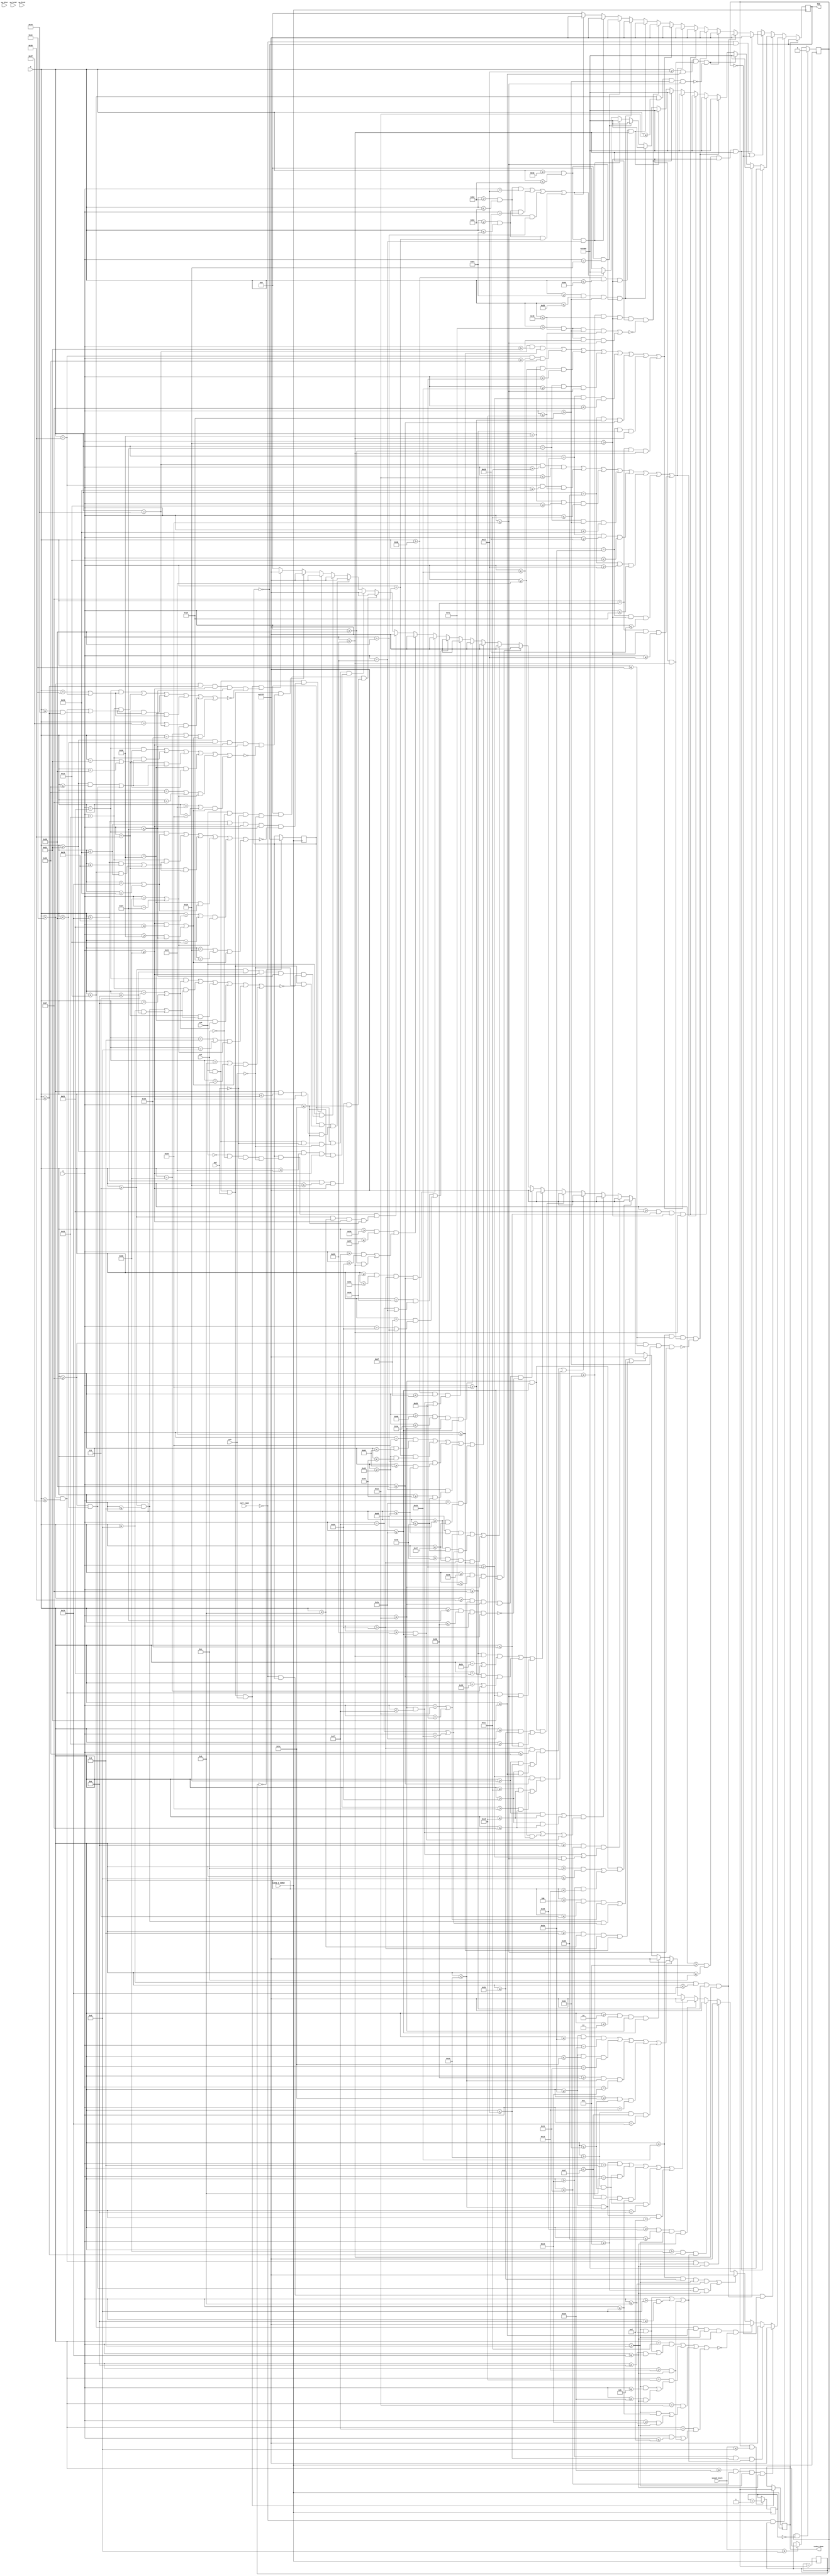
`timescale 1ns / 1ps
//////////////////////////////////////////////////////////////////////////////////
// Company: 
// Engineer: 
// 
// Design Name: 
// Module Name: draw_lock_screen
// Project Name: 
// Target Devices: 
// Tool Versions: 
// Description: 
// 
// Dependencies: 
// 
// Revision:
// Revision 0.01 - File Created
// Additional Comments:
// 
//////////////////////////////////////////////////////////////////////////////////


module draw_lock_screen(
    input CLOCK_6_25MHZ,
    input [3:0]curr_task,
    input sp_btnL,
    input sp_btnR,
    input sp_btnC,
    input sw0,
    input sw1,
    input sw2,
    input sw3, 
    input [12:0]x,
    input [12:0]y,
    output reg [15:0]RGB,
    output reg task0_done = 0,
    input [3:0]sound_level
    );
    
    reg flag = 0;
    reg flip = 0;
    reg [21:0]count = 22'd1;
    reg [25:0]count2 = 26'd1;
    always @(posedge CLOCK_6_25MHZ) begin
       count <= count + 1;
       flip <= (count == 0) ? ~flip : flip; 
       
      if (sw0 == 1 && sw1 == 1 && sw2 == 1 && sw3 == 1)
        task0_done <= 1;
      
      
       if (sound_level >= 13)
        flag <= 1;
       
       if (flag == 1 && sound_level <= 13)
        count2 <= count2 + 1;
       if (flag == 1 && count2 == 0)
        flag <= 0;
      if (task0_done == 0) begin
        if (curr_task == 0 && flip == 0 && flag == 0) begin
            if (x >= 10 && x <= 12 && y >= 22 && y <= 41)
                RGB <= 16'b11111_111111_11111; //white L vertical
            else if (x >= 13 && x <= 20 && y >= 39 && y <= 41)
                RGB <= 16'b11111_111111_11111; // white L horizontal
            else if ((x >= 23 && x <= 33 && y >= 22 & y <= 41) && !(x >= 26 && x <= 30 && y >= 25 && y <= 38))
                RGB <= 16'b11111_111111_11111; // white O
            else if ((x >= 36 && x <= 46 && y >= 22 & y <= 41) && !(x >= 39 && x <= 46 && y >= 25 && y <= 38))
                RGB <= 16'b11111_111111_11111; // white C
            else if (x >= 49 && x <= 51 && y >= 22 && y <= 41)
                RGB <= 16'b11111_111111_11111; //white K vertical
            else if ((x == 52 && y >= 28 && y <= 30) || (x == 53 && y >= 27 && y <= 29) || (x == 54 && y >= 26 && y <= 28) || (x == 55 && y >= 25 && y <= 27) || (x == 56 && y >= 24 && y <= 26) || (x == 57 && y >= 23 && y <= 25) || (x == 58 && y >= 22 && y <= 24) || (x == 59 && y >= 22 && y <= 23))
                RGB <= 16'b11111_111111_11111; // white K diagonal 2
            else if ((x == 52 && y >= 33 && y <= 35) || (x == 53 && y >= 34 && y <= 36) || (x == 54 && y >= 35 && y <= 37) || (x == 55 && y >= 36 && y <= 38) || (x == 56 && y >= 37 && y <= 39) || (x == 57 && y >= 38 && y <= 40) || (x == 58 && y >= 39 && y <= 41) || (x == 59 && y >= 40 && y <= 41))
                RGB <= 16'b11111_111111_11111; // white K diagonal 4
            else if ((x >= 62 && x <= 72 && y >= 22 && y <= 41) && !((x >= 65 && x <= 72 && y >= 25 && y <= 29) || (x >= 65 && x <= 72 && y >= 33 && y <= 38)))
                RGB <= 16'b11111_111111_11111; // white E
            else if (x >= 75 && x <= 77 && y >= 22 && y <= 41)
                RGB <= 16'b11111_111111_11111; // white D long vertical
            else if (x >= 84 && x <= 85 && y >= 25 && y <= 38)
                RGB <= 16'b11111_111111_11111; // white D short vertical
            else if (x >= 78 && x <= 82 && y == 22)
                RGB <= 16'b11111_111111_11111; //white D horizontal top
            else if (x >= 78 && x <= 82 && y == 41)
                RGB <= 16'b11111_111111_11111; //white D horizontal bottom
            else if ((x >= 82 && x <= 83 && y == 23) || (x >= 83 && x <= 84 && y == 24) || (x >= 82 && x <= 83 && y == 40) || (x >= 83 && x <= 84 && y == 39))
                RGB <= 16'b11111_111111_11111; // white D diagonals
            else
                RGB <= 16'b00000_000000_00000; // black
        end
        
        if (curr_task == 0 && flip == 1 && flag == 0) begin
            if (x >= 10 && x <= 12 && y >= 22 && y <= 41)
                RGB <= 16'b11111_000000_00000; //red L vertical
            else if (x >= 13 && x <= 20 && y >= 39 && y <= 41)
                RGB <= 16'b11111_000000_00000; // red L horizontal
            else if ((x >= 23 && x <= 33 && y >= 22 & y <= 41) && !(x >= 26 && x <= 30 && y >= 25 && y <= 38))
                RGB <= 16'b11111_000000_00000; // red O
            else if ((x >= 36 && x <= 46 && y >= 22 & y <= 41) && !(x >= 39 && x <= 46 && y >= 25 && y <= 38))
                RGB <= 16'b11111_000000_00000; // red C
            else if (x >= 49 && x <= 51 && y >= 22 && y <= 41)
                RGB <= 16'b11111_000000_00000; //red K vertical
            else if ((x == 52 && y >= 28 && y <= 30) || (x == 53 && y >= 27 && y <= 29) || (x == 54 && y >= 26 && y <= 28) || (x == 55 && y >= 25 && y <= 27) || (x == 56 && y >= 24 && y <= 26) || (x == 57 && y >= 23 && y <= 25) || (x == 58 && y >= 22 && y <= 24) || (x == 59 && y >= 22 && y <= 23))
                RGB <= 16'b11111_000000_00000; // red K diagonal 2
            else if ((x == 52 && y >= 33 && y <= 35) || (x == 53 && y >= 34 && y <= 36) || (x == 54 && y >= 35 && y <= 37) || (x == 55 && y >= 36 && y <= 38) || (x == 56 && y >= 37 && y <= 39) || (x == 57 && y >= 38 && y <= 40) || (x == 58 && y >= 39 && y <= 41) || (x == 59 && y >= 40 && y <= 41))
                RGB <= 16'b11111_000000_00000; // red K diagonal 4
            else if ((x >= 62 && x <= 72 && y >= 22 && y <= 41) && !((x >= 65 && x <= 72 && y >= 25 && y <= 29) || (x >= 65 && x <= 72 && y >= 33 && y <= 38)))
                RGB <= 16'b11111_000000_00000; // red E
            else if (x >= 75 && x <= 77 && y >= 22 && y <= 41)
                RGB <= 16'b11111_000000_00000; // red D long vertical
            else if (x >= 84 && x <= 85 && y >= 25 && y <= 38)
                RGB <= 16'b11111_000000_00000; // red D short vertical
            else if (x >= 78 && x <= 82 && y == 22)
                RGB <= 16'b11111_000000_00000; //red D horizontal top
            else if (x >= 78 && x <= 82 && y == 41)
                RGB <= 16'b11111_000000_00000; //red D horizontal bottom
            else if ((x >= 82 && x <= 83 && y == 23) || (x >= 83 && x <= 84 && y == 24) || (x >= 82 && x <= 83 && y == 40) || (x >= 83 && x <= 84 && y == 39))
                RGB <= 16'b11111_000000_00000; // red D diagonals
            else
                RGB <= 16'b00000_000000_00000; // black
                end
        
        if (curr_task == 0 && flag == 1) begin
            //ENTER
            if (x >= 16 && x <= 17 && y >= 8 && y <= 20)
                RGB <= 16'b11111_111111_11111; // white E vertical
            else if ((x >= 18 && x <= 23) && ((y >= 8 && y <= 9) || (y >= 13 && y <= 14) || (y >= 19 && y <= 20)))
                RGB <= 16'b11111_111111_11111; // white E horizontals
            else if ((x >= 26 && x <= 33 && y >= 8 && y <= 20) && !((x == 28 && ((y >= 8 && y <= 9) || (y >= 14 && y <= 20))) || (x == 29 && ((y >= 8 && y <= 11) || (y >= 16 && y <= 20))) || (x == 30 && ((y >= 8 && y <= 13) || (y >= 18 && y <= 20))) || (x == 31 && ((y >= 8 && y <= 15) || (y >= 19 && y <= 20)))))
                RGB <= 16'b11111_111111_11111; //white N
            else if ((x >= 36 && x <= 43 && y >= 8 && y <= 9) || (x >= 39 && x <= 40 && y >= 10 && y <= 20))
                RGB <= 16'b11111_111111_11111; //white T
            else if (x >= 46 && x <= 47 && y >= 8 && y <= 20)
                RGB <= 16'b11111_111111_11111; // white E verticals
            else if ((x >= 48 && x <= 53) && ((y >= 8 && y <= 9) || (y >= 13 && y <= 14) || (y >= 19 && y <= 20)))
                RGB <= 16'b11111_111111_11111; // white E horizontals
            else if (x >= 56 && x <= 57 && y >= 8 && y <= 20)
                RGB <= 16'b11111_111111_11111; // white R vertical
            else if ((x >= 58 && x <= 61 && y == 8) || (x >= 61 && x <= 62 && y == 9) || (x >= 62 && x <= 63 && y >= 10 && y <= 13) || (x >= 61 && x <= 62 && y == 14) || (x >= 58 && x <= 61 && y == 15))
                RGB <= 16'b11111_111111_11111; // white R semicircle
            else if ((x >= 58 && x <= 58 && y == 16) || (x >= 58 && x <= 60 && y == 17) || (x >= 59 && x <= 61 && y == 18) || (x >= 60 && x <= 62 && y == 19) || (x >= 61 && x <= 63 && y == 20))
                RGB <= 16'b11111_111111_11111; // white R diagonal
                
            //PASSWORD:  
            else if (x >= 2 && x <= 3 && y >= 30 && y <= 42) 
                RGB <= 16'b11111_111111_11111; // white P vertical
            else if ((x >= 4 && x <= 7 && ((y == 30) || (y == 37))) || (x >= 7 && x <= 8 && ((y == 31) || (y == 36))) || (x >= 8 && x <= 9 && y >= 32 && y <= 35))
                RGB <= 16'b11111_111111_11111; // white P semicircle
            else if ((y >= 30 && y <= 42) && ((x >= 12 && x <= 13) || (x >= 18 && x <= 19)))
                RGB <= 16'b11111_111111_11111; // white A verticals
            else if ((x >= 14 && x <= 17) && ((y >= 30 && y <= 31) || (y >= 37 && y <= 38)))
                RGB <= 16'b11111_111111_11111; // white A horizontals
            else if (((x >= 22 && x <= 29) || (x >= 32 && x <= 39)) && ((y >= 30 && y <= 31) || (y >= 35 && y <= 36) || (y >= 41 && y <= 42)))
                RGB <= 16'b11111_111111_11111; // both white S horizontals
            else if (((y >= 32 && y <= 34) && ((x >= 22 && x <= 23) || (x >= 32 && x <= 33))) || ((y >= 37 && y <= 40) && ((x >= 28 && x <= 29) || (x >= 38 && x <= 39))))
                RGB <= 16'b11111_111111_11111; // both white S verticals
            else if ((y >= 30 && y <= 42) && ((x >= 42 && x <= 43) || (x >= 50 && x <= 51)))
                RGB <= 16'b11111_111111_11111; // white W verticals
            else if (((y >= 39 && y <= 41) && ((x == 44) || (x == 49))) || ((y >= 38 && y <= 40) && ((x == 45) || (x == 48))) || (x >= 46 && x <= 47 && y >= 37 && y <= 38))
                RGB <= 16'b11111_111111_11111; // white W arrow
            else if ((x >= 53 && x <= 61 && y >= 30 && y <= 42) && !(x >= 55 && x <= 59 && y >= 32 && y <= 40))
                RGB <= 16'b11111_111111_11111; // white O
            else if (x >= 64 && x <= 65 && y >= 30 && y <= 42)
                RGB <= 16'b11111_111111_11111; // white R vertical
            else if (((x >= 66 && x <= 69) && ((y == 30) || (y == 37))) || ((x >= 69 && x <= 70) && ((y == 31) || (y == 36))) || (x >= 70 && x <= 71 && y >= 32 && y <= 35))
                RGB <= 16'b11111_111111_11111; // white R semicircle
            else if (((y == 38) && (x >= 66 && x <= 67)) || ((y == 39) && (x >= 66 && x <= 68)) || ((y == 40) && (x >= 67 && x <= 69)) || ((y == 41) && (x >= 68 && x <= 70)) || ((y == 42) && (x >= 69 && x <= 71)))
                RGB <= 16'b11111_111111_11111; // white R diagonal
            else if (x >= 73 && x <= 74 && y >= 30 && y <= 42)
                RGB <= 16'b11111_111111_11111; // white D first vertical
            else if ((x >= 75 && x <= 79) && ((y >= 30 && y <= 31) || (y >= 41 && y <= 42)))
                RGB <= 16'b11111_111111_11111; // white D horizontals
            else if ((x == 80 && (y == 31 || y == 41)) || (x == 79 && (y == 32 || y == 40)))
                RGB <= 16'b11111_111111_11111; // white D diagonals 
            else if (x >= 80 && x <= 81 && y >= 32 && y <= 40)
                RGB <= 16'b11111_111111_11111; // white D second vertical
            else if ((x >= 86 && x <= 87) && ((y >= 31 && y <= 32) || (y >= 40 && y <= 41)))
                RGB <= 16'b11111_111111_11111; // white colon
            else if ((flip == 1) && (sw0 == 0 && sw1 == 0 && sw2 == 0 && sw3 == 0) && (x >= 7 && x <= 9 && y >= 48 && y <= 60))
                RGB <= 16'b11111_111111_11111; // white cursor pos 1
            else if ((flip == 1) && (sw0 == 1 && sw1 == 0 && sw2 == 0 && sw3 == 0) && (x >= 20 && x <= 22 && y >= 48 && y <= 60))
                RGB <= 16'b11111_111111_11111; // white cursor pos 2
            else if ((flip == 1) && (sw0 == 1 && sw1 == 1 && sw2 == 0 && sw3 == 0) && (x >= 33 && x <= 35 && y >= 48 && y <= 60))
                RGB <= 16'b11111_111111_11111; // white cursor pos 3
            else if ((flip == 1) && (sw0 == 1 && sw1 == 1 && sw2 == 1 && sw3 == 0) && (x >= 46 && x <= 48 && y >= 48 && y <= 60))
                RGB <= 16'b11111_111111_11111; // white cursor pos 4
            else if ((sw0 == 1) && ((x >= 7 && x <= 14 && y >= 48 && y <= 55) && !((y == 49 && (x == 7 || x == 14)) || (y == 50 && ((x >= 7 && x <= 8) || (x >= 13 && x <= 14))) || (y == 53 && ((x >= 7 && x <= 8) || (x >= 13 && x <= 14))) || (y == 54 && (x == 7 || x == 14)) || ((x == 8 || x == 13) && (y == 48 || y == 55)) || ((x == 9 || x == 12) && ((y >= 48 && y <= 49) || (y >= 54 && y <= 55))))))
                RGB <= 16'b11111_111111_11111; //white asterisk 1
            else if ((sw0 == 1 && sw1 == 1) && ((x >= 20 && x <= 27 && y >= 48 && y <= 55) && !((y == 49 && (x == 20 || x == 27)) || (y == 50 && ((x >= 20 && x <= 21) || (x >= 26 && x <= 27))) || (y == 53 && ((x >= 20 && x <= 21) || (x >= 26 && x <= 27))) || (y == 54 && (x == 20 || x == 27)) || ((x == 21 || x == 26) && (y == 48 || y == 55)) || ((x == 22 || x == 25) && ((y >= 48 && y <= 49) || (y >= 54 && y <= 55))))))
                RGB <= 16'b11111_111111_11111; // white asterisk 2
            else if ((sw0 == 1 && sw1 == 1 && sw2 == 1) && ((x >= 33 && x <= 40 && y >= 48 && y <= 55) && !((y == 49 && (x == 33 || x == 40)) || (y == 50 && ((x >= 33 && x <= 34) || (x >= 39 && x <= 40))) || (y == 53 && ((x >= 33 && x <= 34) || (x >= 39 && x <= 40))) || (y == 54 && (x == 33 || x == 40)) || ((x == 34 || x == 39) && (y == 48 || y == 55)) || ((x == 35 || x == 38) && ((y >= 48 && y <= 49) || (y >= 54 && y <= 55))))))
                RGB <= 16'b11111_111111_11111; //white asterisk 3
            else if ((sw0 == 1 && sw1 == 1 && sw2 == 1 && sw3 == 1) && ((x >= 46 && x <= 53 && y >= 48 && y <= 55) && !((y == 49 && (x == 46 || x == 53)) || (y == 50 && ((x >= 46 && x <= 47) || (x >= 52 && x <= 53))) || (y == 53 && ((x >= 46 && x <= 47) || (x >= 52 && x <= 53))) || (y == 54 && (x == 46 || x == 53)) || ((x == 47 || x == 52) && (y == 48 || y == 55)) || ((x == 48 || x == 51) && ((y >= 48 && y <= 49) || (y >= 54 && y <= 55))))))
                RGB <= 16'b11111_111111_11111; //white asterisk 4
            else
                RGB <= 16'b00000_000000_00000; // black
            end
        end
    end
    
endmodule